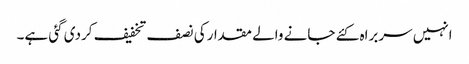
انہیں سربراہ کئے جانے والے مقدارکی نصف تخفیف کردی گئی ہے۔